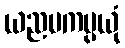
ယညမကပ္ပယုံ